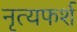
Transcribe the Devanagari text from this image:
नृत्यफर्श